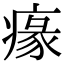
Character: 𤸁